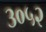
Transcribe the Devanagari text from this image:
३०५२